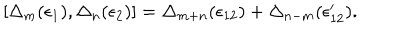
[ \Delta _ { m } ( \epsilon _ { 1 } ) , \Delta _ { n } ( \epsilon _ { 2 } ) ] = \Delta _ { m + n } ( \epsilon _ { 1 2 } ) + \Delta _ { n - m } ( \epsilon _ { 1 2 } ^ { \prime } ) .